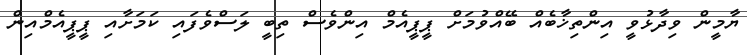
ޔާމީން ވިދާޅުވީ އިންތިޚާބެއް ބޭއްވުމަށް ޕީޕީއެމް އިންވެސް ތިބީ ލަސްވެފައި ކަމަށާއި ޕީޕީއެމްއިން